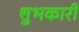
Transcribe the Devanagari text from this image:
शुभकारी